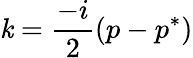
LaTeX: \mathit{k}=\frac{{-i}}{{2}}(p-p^{*})